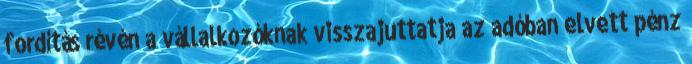
fordítás révén a vállalkozóknak visszajuttatja az adóban elvett pénz